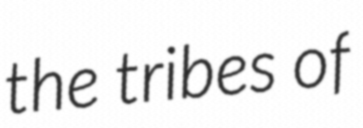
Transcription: the tribes of